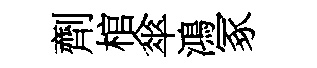
劑棺傘鴻冢